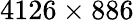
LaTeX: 4126\times 886